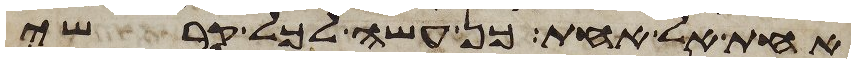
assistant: אחת אל אחת כן עשה לכל קרשי